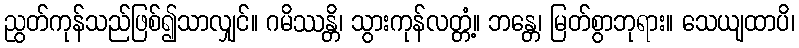
ညွတ်ကုန်သည်ဖြစ်၍သာလျှင်။ ဂမိဿန္တိ၊ သွားကုန်လတ္တံ့။ ဘန္တေ၊ မြတ်စွာဘုရား။ သေယျထာပိ၊